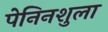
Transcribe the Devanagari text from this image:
पेनिनशुला